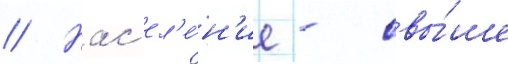
// Нас'ел'е́н'ие - свы́ше